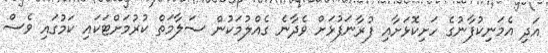
އަދި އެމަނިކުފާނުގެ ހަށިކޮޅަށާއި ފުރާނަފުޅަށް ވެދާނެ ގެއްލުމަކުން ސަލާމަތް ކުރުމަށްޓަކައި ކަމުގައި ވެސް